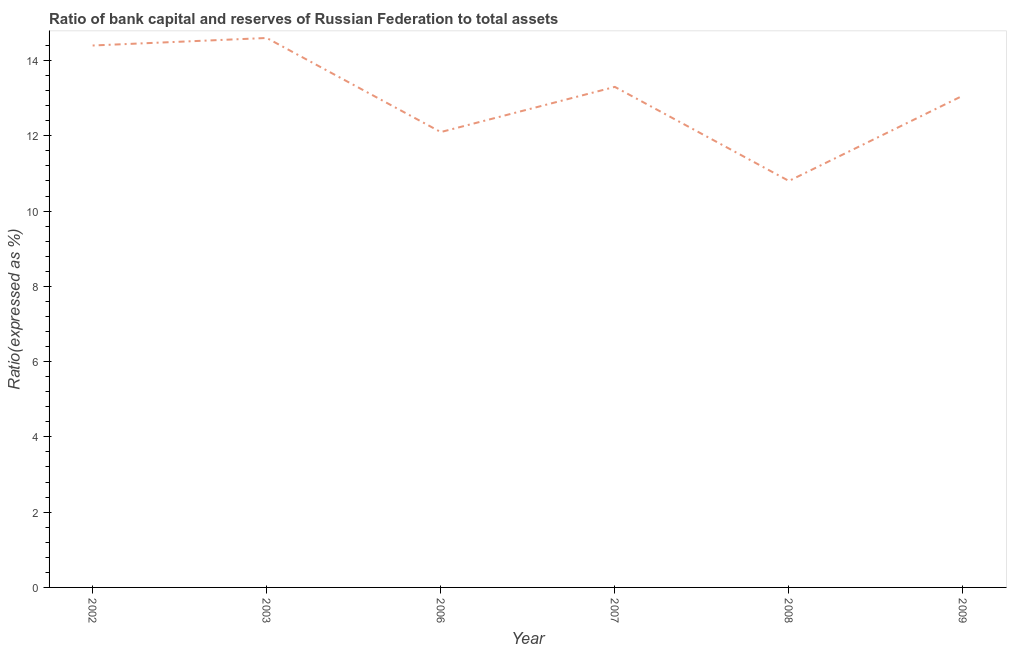
| Year | Bank capital to assets ratio |
 | --- | --- |
 | 2002 | 14.4 |
 | 2003 | 14.6 |
 | 2006 | 12.1 |
 | 2007 | 13.3 |
 | 2008 | 10.8 |
 | 2009 | 13.1 |